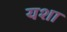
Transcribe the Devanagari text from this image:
यशा